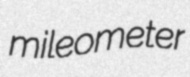
mileometer